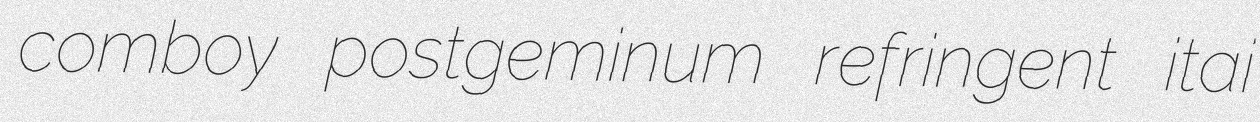
comboy postgeminum refringent itai